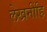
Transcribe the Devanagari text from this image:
लेखनींहि